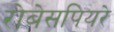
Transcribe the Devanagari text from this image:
रोबेसपियरे